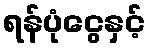
ရန်ပုံငွေနှင့်